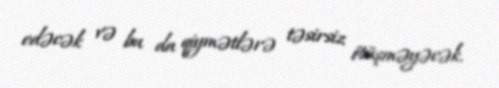
edəcək və bu da qiymətlərə təsirsiz ötüşməyəcək.